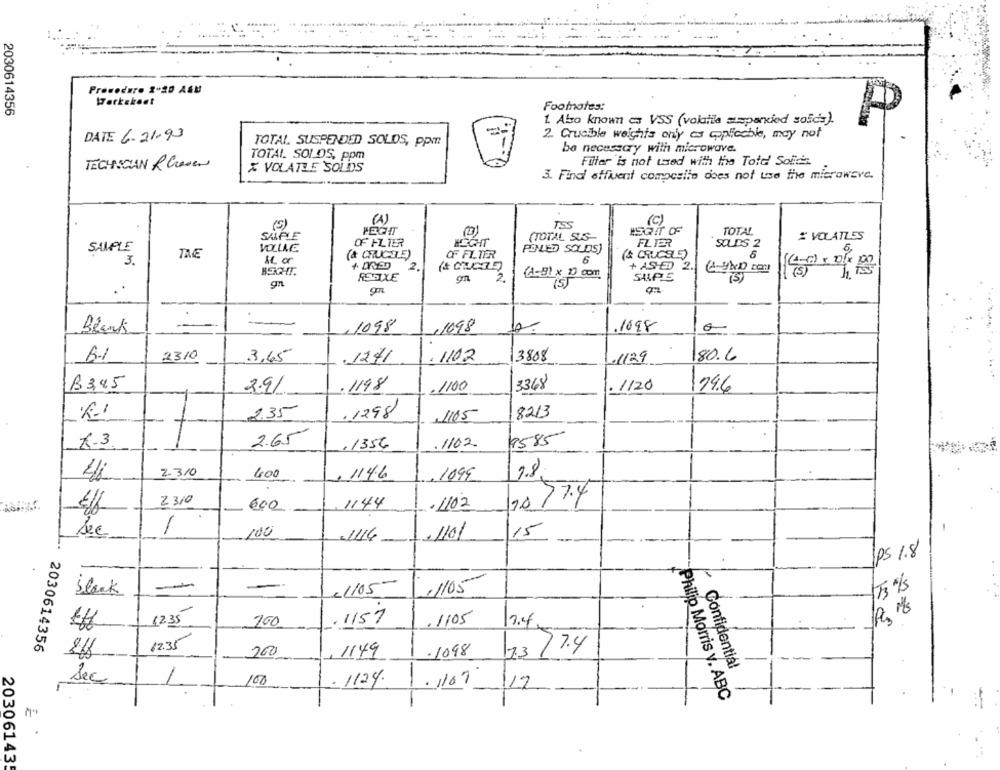
Procedere 3-20 ASU
Warkskeet
Footnotes:
2030614356
1. Abo known as VSS (volaille =sparked sofds).
P
DATE 6-21.93
2. Crucible weights only as applicable, may not
TOTAL. SUSPENDED SOLOS, ppm
be necessary with microwave.
TOTAL SOLOS, ppm
Filter is not used with the Tote Sofis.
TECHNICIAN Rhenen
X VOLATILE SOLIDS
3. Find effluent composito does not use the microwave.
(A)
TSS
(C)
(S)
PETIT
HERIT OF
TOTAL
SALPLE
(TOTAL SUS
% VOLATLES
VOLLLE
OF FLTER
HECHT
FLIER
SOLES 2
SAMPLE
TRE
(& CRUCHE)
OF FILTER
PONLED SOLDS)
(& CRUCELE)
5,
3.
1.or
6
2
+ AS-D) 2.
BOCHT.
gn
2.
(1-81 x 20 com
SALPE
..
Blank
1098
,1098
1.1098
B.1
2310
3.65
. 1271
.1102
13808
1.1129
80.6
3368
B345
2.91
.1198
.1100
. 1120
174.6
235
.1298
1165
8213
2.65
K-3
,1356
.1102
9585
2-310
400
, 1146
. 1099
1.8
2310
10774
600
1144
.1/02
1
15
Sec
100
-1116
.1101
ps 1.8
-
-
black
21/05-
,1105
T3 /
12.35
100
.1157
. 1105
3.4
Eff
2030614356
12.35
200
1149
.1098
7.3/7.4
Confidential
1
Sec
100
-1124.
1.//07/12
Philip Morris y. ABC
203061435